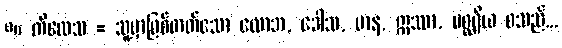
၈။ ကိလေသ = သူ့မှာဖြစ်တတ်သော လောဘ, ဒေါသ, မာန, ဣဿာ, မစ္ဆရိယ စသည်...